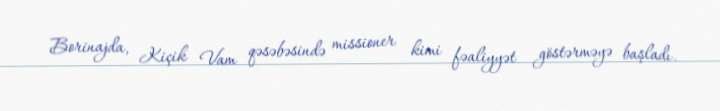
Borinajda, Kiçik Vam qəsəbəsində missioner kimi fəaliyyət göstərməyə başladı.